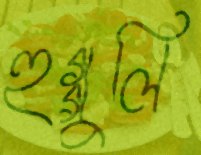
হুগ্গুলি